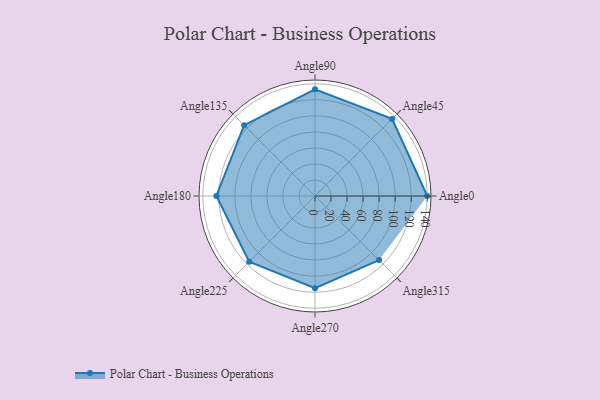
{"axis": {"x": "Angle", "y": "Radius"}, "legend": [""], "data": [{"x": "Angle0", "y": 140.0, "type": ""}, {"x": "Angle45", "y": 136.0, "type": ""}, {"x": "Angle90", "y": 133.0, "type": ""}, {"x": "Angle135", "y": 125.0, "type": ""}, {"x": "Angle180", "y": 123.0, "type": ""}, {"x": "Angle225", "y": 116.0, "type": ""}, {"x": "Angle270", "y": 115.0, "type": ""}, {"x": "Angle315", "y": 113.0, "type": ""}]}